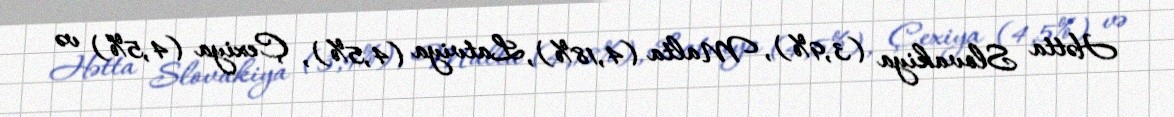
Hətta Slovakiya (3,9%), Malta (4,18%), Latviya (4,5%), Çexiya (4,5%) və